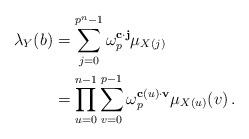
LaTeX: \begin{align*}\lambda_Y(b)& = \sum_{j=0}^{p^n-1} \omega_p^{\mathbf{c} \cdot \mathbf{j}} \mu_{X(j)}\\& = \prod_{u=0}^{n-1}\sum_{v=0}^{p-1} \omega_p^{\mathbf{c}(u) \cdot \mathbf{v}} \mu_{X(u)}(v)\,.\end{align*}